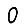
Digit: 0